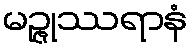
မဉ္ဇုဿရာနံ